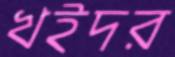
খইদর